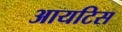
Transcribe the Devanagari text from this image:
आयटिस